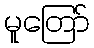
မူတြော်